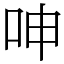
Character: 呻